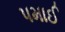
પમાઈ